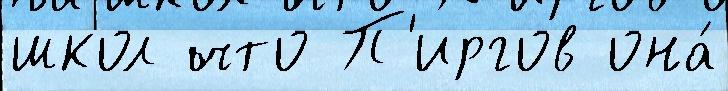
школ что П'иргов она́